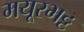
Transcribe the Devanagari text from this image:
मयूरभट्ट